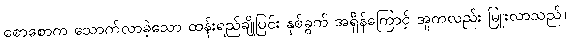
စောစောက သောက်လာခဲ့သော ထန်းရည်ချိုပြင်း နှစ်ခွက် အရှိန်ကြောင့် အူကလည်း မြူးလာသည်။